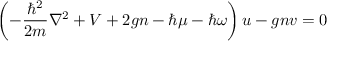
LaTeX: \left( - { \frac { \hbar ^ { 2 } } { 2 m } } \nabla ^ { 2 } + V + 2 g n - \hbar \mu - \hbar \omega \right) u - g n v = 0